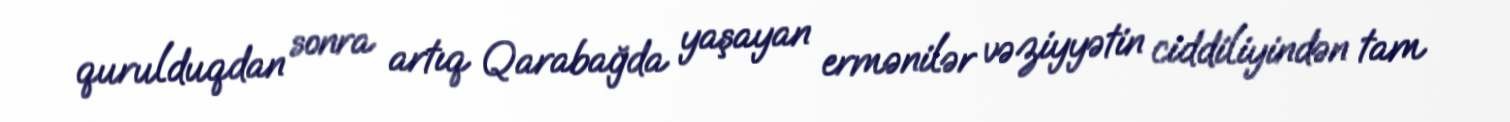
qurulduqdan sonra artıq Qarabağda yaşayan ermənilər vəziyyətin ciddiliyindən tam